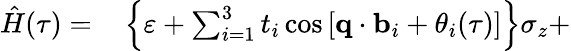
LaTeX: \begin{array}{rl}{\hat{H}(\tau)=}&{{}\left\{ \varepsilon+\sum_{i=1}^{3}t_{i}\cos\left[\textbf{q}\cdot\textbf{b}_{i}+\theta_{i}(\tau)\right]\right\} \sigma_{z}+}\end{array}